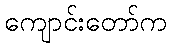
ကျောင်းတော်က